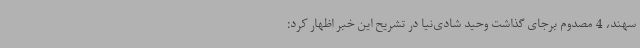
سهند، 4 مصدوم برجای گذاشت وحید شادی‌نیا در تشریح این خبر اظهار کرد: